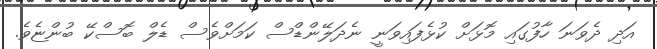
އަދި ދެވަނަ ހާފުގައި މޮޅަށް ކުޅެފައިވަނީ ނެދަލޭންޑްސް ކަމަށްވެސް ޑެލް ބޮސްކޭ ބުންޏެވެ.